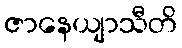
ဇာနေယျာသီတိ